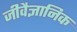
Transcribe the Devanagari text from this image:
जीवैज्ञानिक